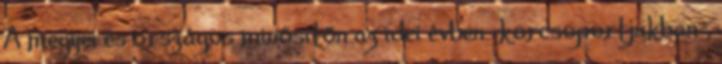
A megyei és országos minősítőn az idei évben –korcsoportjukban-,